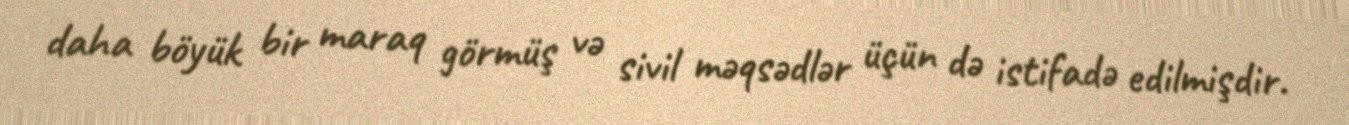
daha böyük bir maraq görmüş və sivil məqsədlər üçün də istifadə edilmişdir.